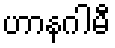
ဟာနဂါမီ